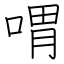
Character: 喟